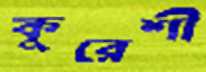
কুরেশী